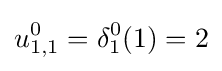
u_{1,1}^{0}=\delta _{1}^{0}(1)=2